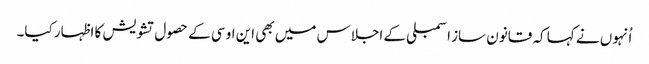
اُنہوں نے کہا کہ قانون ساز اسمبلی کے اجلاس میں بھی این او سی کے حصول تشویش کا اظہار کیا۔